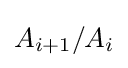
A_{i+1}/A_{i}